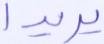
يريدا